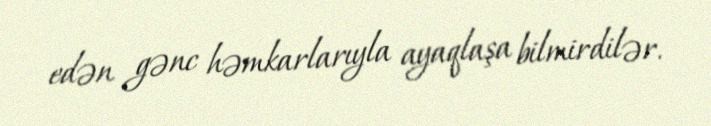
edən gənc həmkarlarıyla ayaqlaşa bilmirdilər.